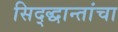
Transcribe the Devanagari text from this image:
सिद्द्धान्तांचा